Epidemic dropsy in Calcutta - Number 49
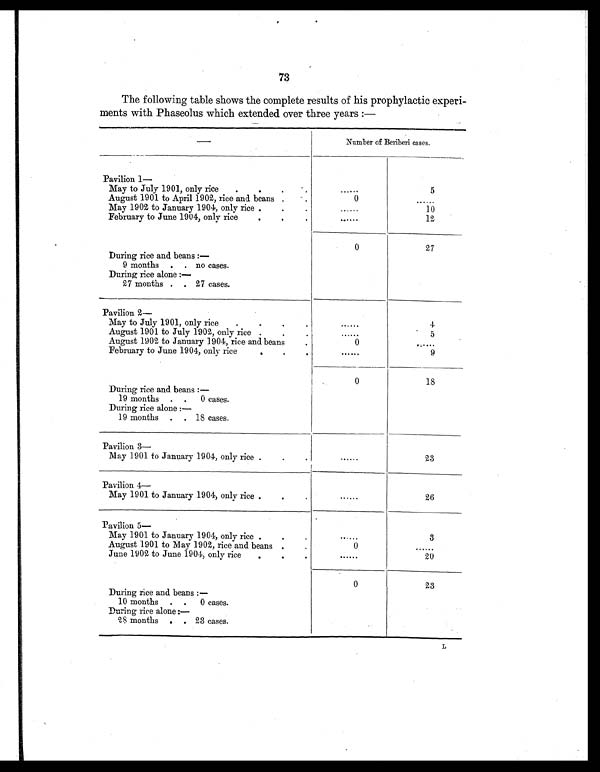
73
The following table shows the complete results of his prophylactic experi-
ments with Phaseolus which extended over three years:—
—
Number of Beriberi cases.
Pavilion 1—
May to July 1901, only rice
.
.
.
.
......
5
August 1901 to April 1902, rice and beans .
.
0
......
May 1902 to January 1904, only rice .
.
.
......
10
February to June 1904, only rice
.
.
.
......
12
0
27
During rice and beans:
—
9 months
.
. no cases.
During rice alone:—
27 months .
. 27 cases.
Pavilion 2—
May to July 1901, only rice
. .
.
.
......
4
August 1901 to July 1902, only rice .
.
.
......
5
August 1902 to January 1904, rice and bean
.
0
......
February to June 1904, only rice
.
.
.
......
9
0
18
During rice and beans:
—
19 months
.
.
0 cases.
During rice alone:
—
19 months
.
. 18 cases.
Pavilion 3—
May 1901 to January 1904, only rice .
.
.
......
23
Pavilion 4—
May 1901 to January 1904, only rice .
.
.
......
26
Pavilion 5—
May 1901 to January 1904, only rice .
.
.
......
3
August 1901 to May 1902, rice and beans .
.
0
......
June 1902 to June 1904, only rice
.
.
.
......
20
During rice and beans:—
0
23
10 months
.
.
0 cases.
During rice alone:—
28 months
.
. 23 cases.